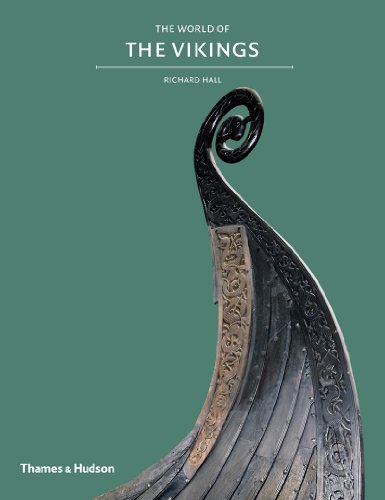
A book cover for The World of the Vikings; Richard Hall; History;